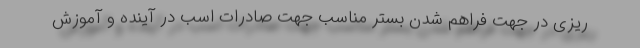
ریزی در جهت فراهم شدن بستر مناسب جهت صادرات اسب در آینده و آموزش